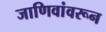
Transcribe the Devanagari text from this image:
जाणिवांवरून